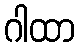
ဂါထာ